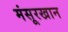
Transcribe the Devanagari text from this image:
मंसूरखान